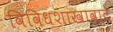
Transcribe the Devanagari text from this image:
विविधशाखावाटे